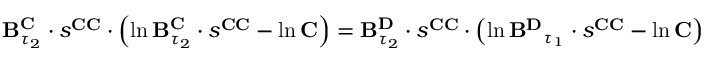
\begin{array} { r } { \mathbf { B } _ { \tau _ { 2 } } ^ { \mathbf { C } } \cdot s ^ { \mathbf { C C } } \cdot \left( \ln \mathbf { B } _ { \tau _ { 2 } } ^ { \mathbf { C } } \cdot s ^ { \mathbf { C C } } - \ln \mathbf { C } \right) = \mathbf { B } _ { \tau _ { 2 } } ^ { \mathbf { D } } \cdot s ^ { \mathbf { C C } } \cdot \left( \ln \mathbf { B ^ { \mathbf { D } } } _ { \tau _ { 1 } } \cdot s ^ { \mathbf { C C } } - \ln \mathbf { C } \right) } \end{array}